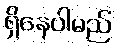
ရှိနေပါမည်